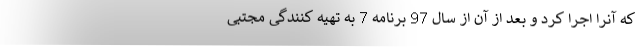
که آنرا اجرا کرد و بعد از آن از سال 97 برنامه 7 به تهیه کنندگی مجتبی